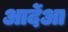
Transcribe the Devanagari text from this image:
आर्देआ